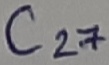
Text: C27